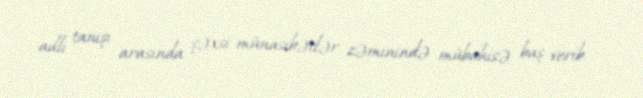
adlı tanışı arasında şəxsi münasibətlər zəminində mübahisə baş verib.